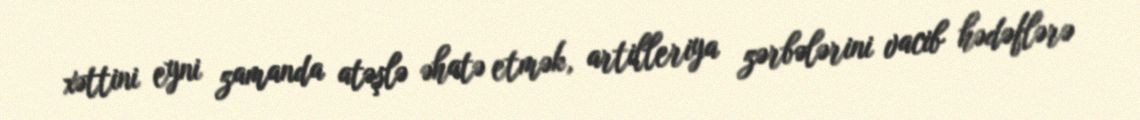
xəttini eyni zamanda atəşlə əhatə etmək, artilleriya zərbələrini vacib hədəflərə